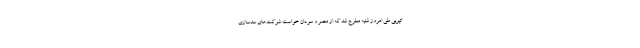
اتیوپی طی امروز شنبه مطرح شد که از مصر و سودان خواست شرکت‌های سدسازی